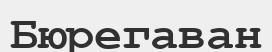
Бюрегаван